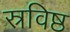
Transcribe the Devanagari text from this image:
स्रविष्ठ